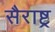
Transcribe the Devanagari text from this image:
सैराष्ट्र